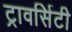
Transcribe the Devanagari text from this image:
ट्रावर्सिटी